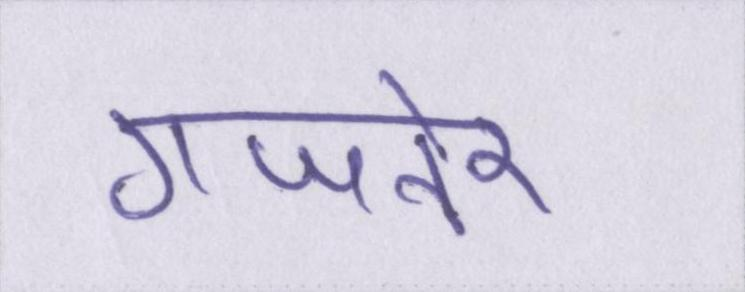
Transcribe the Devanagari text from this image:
गजनेर